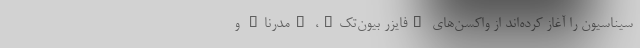
سیناسیون را آغاز کرده‌اند از واکسن‌های "فایزر بیون‌تک"، "مدرنا" و